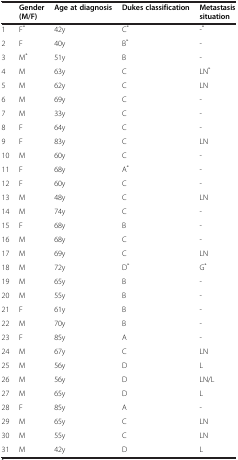
|  | Gender (M/F) | Age at diagnosis | Dukes classification | Metastasis situation |
 | --- | --- | --- | --- | --- |
 | 1 | F* | 42y | C* | -* |
 | 2 | F | 40y | B* | - |
 | 3 | M* | 51y | B | - |
 | 4 | M | 63y | C | LN* |
 | 5 | M | 62y | C | LN |
 | 6 | M | 69y | C | - |
 | 7 | M | 33y | C | - |
 | 8 | F | 64y | C | - |
 | 9 | F | 83y | C | LN |
 | 10 | M | 60y | C | - |
 | 11 | F | 68y | A* | - |
 | 12 | F | 60y | C | - |
 | 13 | M | 48y | C | LN |
 | 14 | M | 74y | C | - |
 | 15 | F | 68y | B | - |
 | 16 | M | 68y | C | - |
 | 17 | M | 69y | C | LN |
 | 18 | M | 72y | D* | G* |
 | 19 | M | 65y | B | - |
 | 20 | M | 55y | B | - |
 | 21 | F | 61y | B | - |
 | 22 | M | 70y | B | - |
 | 23 | F | 85y | A | - |
 | 24 | M | 67y | C | LN |
 | 25 | M | 56y | D | L |
 | 26 | M | 56y | D | LN/L |
 | 27 | M | 65y | D | L |
 | 28 | F | 85y | A | - |
 | 29 | M | 65y | C | LN |
 | 30 | M | 55y | C | LN |
 | 31 | M | 42y | D | L |